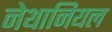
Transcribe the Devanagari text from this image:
नेथानियल